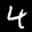
Label: 4